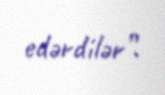
edərdilər”.